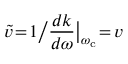
\widetilde { v } \! = \! 1 \big / \frac { d k } { d \omega } \big | _ { \omega _ { \mathrm { c } } } \! = \! v